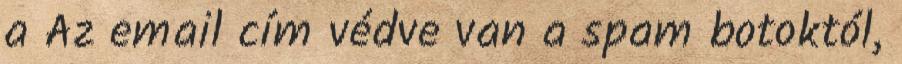
a Az email cím védve van a spam botoktól,